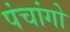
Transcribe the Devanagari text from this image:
पंचांगो